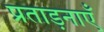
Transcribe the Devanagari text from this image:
प्रताड़नाएँ